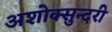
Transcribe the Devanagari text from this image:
अशोक्सुन्दरी